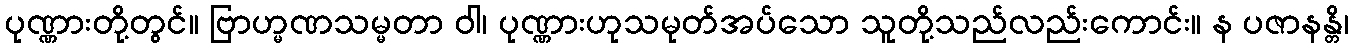
ပုဏ္ဏားတို့တွင်။ ဗြာဟ္မဏသမ္မတာ ဝါ၊ ပုဏ္ဏားဟုသမုတ်အပ်သော သူတို့သည်လည်းကောင်း။ န ပဇာနန္တိ၊